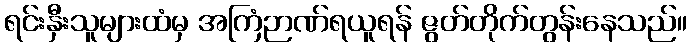
ရင်းနှီးသူများထံမှ အကြံဉာဏ်ရယူရန် ဇွတ်တိုက်တွန်းနေသည်။